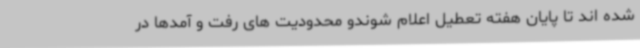
شده اند تا پایان هفته تعطیل اعلام شوندو محدودیت های رفت و آمدها در